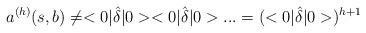
LaTeX: \begin{align*}a^{(h)}(s,b)\neq <0|\hat{\delta}|0><0|\hat{\delta}|0>...=(<0|\hat{\delta}|0>)^{h+1}\end{align*}